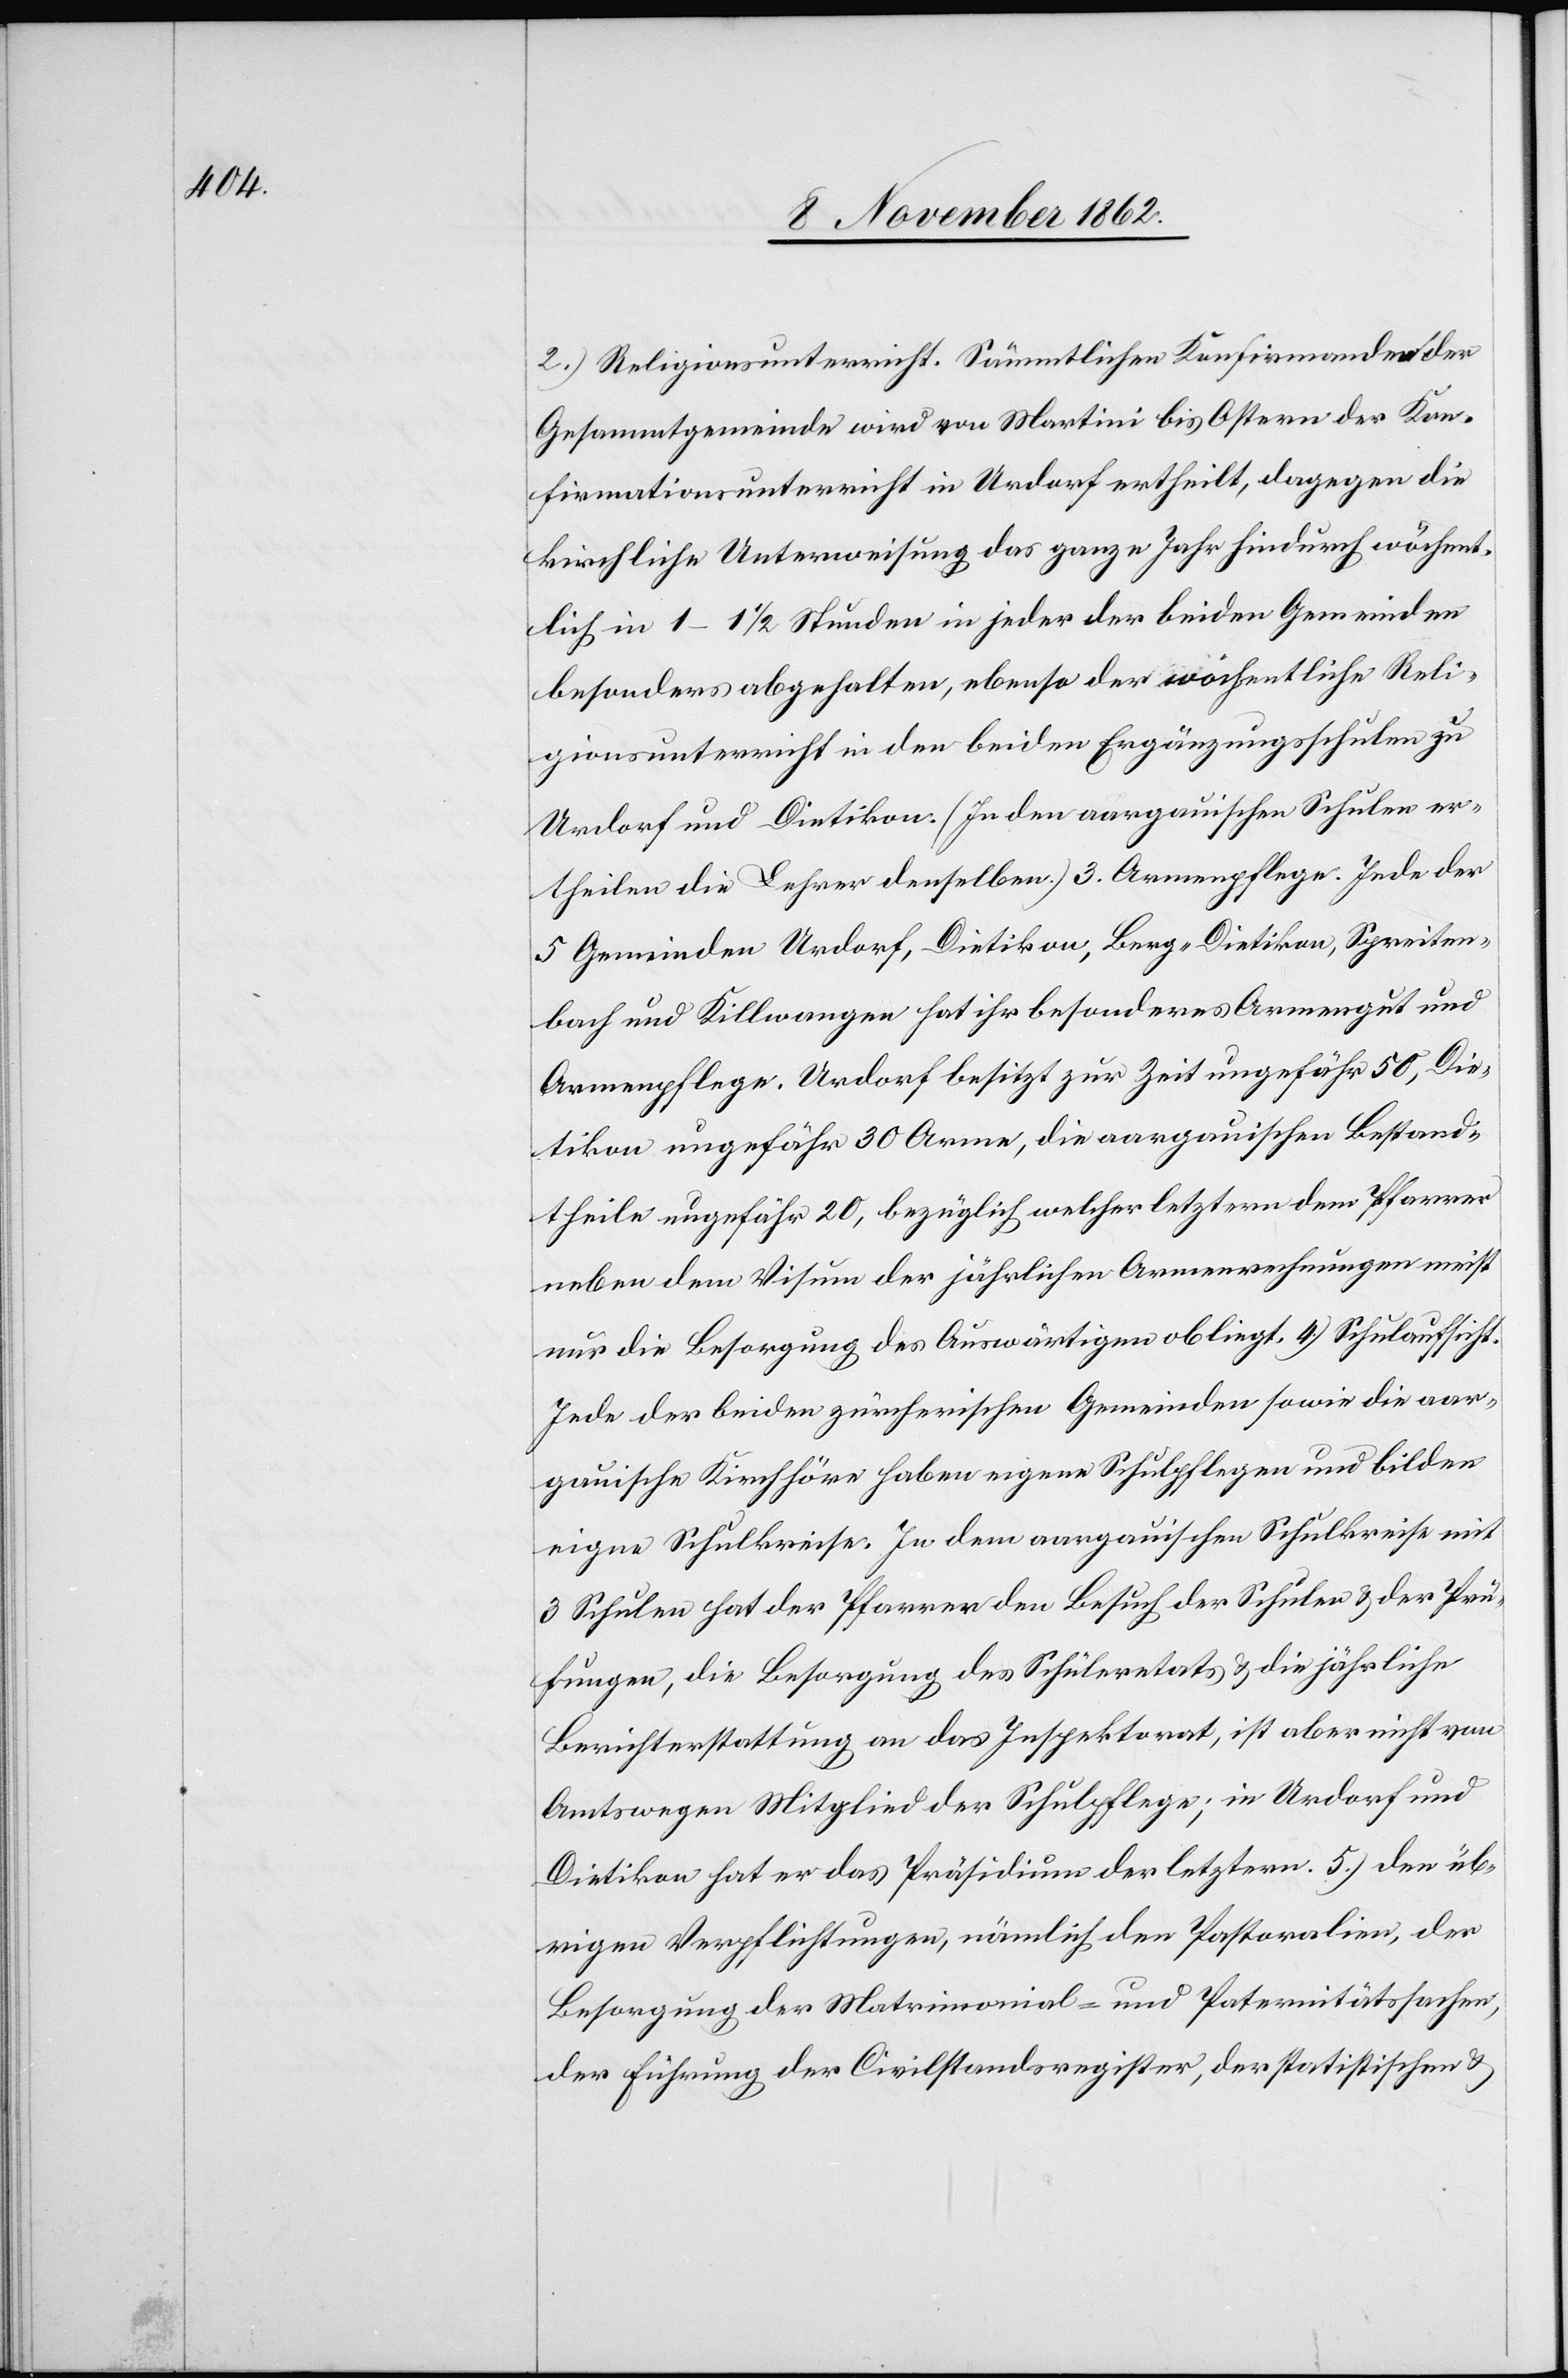
2.) Religionsunterricht. Sämmtlichen Konfirmanden der
Gesammtgemeinde wird von Martini bis Ostern der Kon¬
firmationsunterricht in Urdorf ertheilt, dagegen die
kirchliche Unterweisung das ganze Jahr hindurch wöchent¬
lich in 1–1 1/2 Stunden in jeder der beiden Gemeinden
besonders abgehalten, ebenso der wöchentlich Reli¬
gionsunterricht in den beiden Ergänzungsschulen zu
Urdorf und Dietikon. (In den aargauischen Schulen er¬
theilen die Lehrer denselben.) 3.[)]. Armenpflege. Jede der
5 Gemeinden Urdorf, Dietikon, Berg-Dietikon, Spreiten¬
bach und Killwangen hat ihr besonderes Armengut und
Armenpflege. Urdorf besitzt zur Zeit ungefähr 50, Die¬
tikon ungefähr 30 Arme, die aargauischen Bestand¬
theile ungefähr 20, bezüglich welcher letztern dem Pfarrer
neben dem Visum der jährlichen Armenrechnungen nicht
nur die Besorgung des Auswärtigen obliegt. 4.) Schulaufsicht.
Jede der beiden zürcherischen Gemeinden sowie die aar¬
gauische Kirchhöre haben eigene Schulpflegen und bilden
eigne Schulkreise. In dem aargauischen Schulkreise mit
3 Schulen hat der Pfarrer den Besuch der Schulen u. der Prü¬
fungen, die Besorgung des Schüleretats u. die jährliche
Berichterstattung an das Inspektorat, ist aber nicht von
Amtswegen Mitglied der Schulpflege; in Urdorf und
Dietikon hat er das Präsidium der letztern. 5.) den üb¬
rigen Verpflichtungen, nämlich den Pastoralien, der
Besorgung der Matrimonial- und Paternitätssachen,
der Führung der Civilstandesregister, der statistischen u.